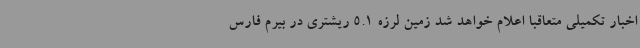
اخبار تکمیلی متعاقبا اعلام خواهد شد زمین لرزه 5.1 ریشتری در بیرم فارس